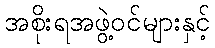
အစိုးရအဖွဲ့ဝင်များနှင့်